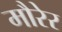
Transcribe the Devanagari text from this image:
मौरेर